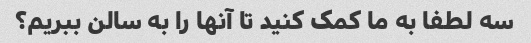
سه لطفا به ما کمک کنید تا آنها را به سالن ببریم؟